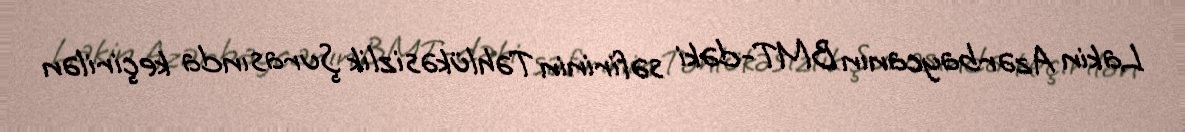
Lakin Azərbaycanın BMT-dəki səfirinin Təhlükəsizlik Şurasında keçirilən